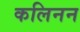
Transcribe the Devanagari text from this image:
कलिनन